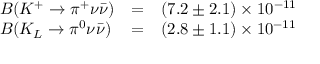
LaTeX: \begin{array} { l l l } { { { \cal B } ( K ^ { + } \to \pi ^ { + } \nu \bar { \nu } ) } } & { { = } } & { { ( 7 . 2 \pm 2 . 1 ) \times 1 0 ^ { - 1 1 } } } \\ { { { \cal B } ( K _ { L } \to \pi ^ { 0 } \nu \bar { \nu } ) } } & { { = } } & { { ( 2 . 8 \pm 1 . 1 ) \times 1 0 ^ { - 1 1 } } } \end{array}